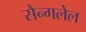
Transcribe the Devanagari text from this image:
सैन्गलेल